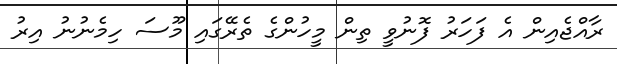
ރާއްޖެއިން އެ ފަހަރު ފޮނުވީ ތިން މީހުންގެ ތެރޭގައި މޫސަ ހިމެނުނު އިރު